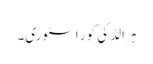
ہرالڈ کی کور اسٹوری۔